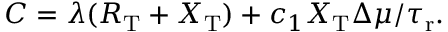
\begin{array} { r } { C = \lambda ( R _ { \mathrm { T } } + X _ { \mathrm { T } } ) + c _ { 1 } X _ { \mathrm { T } } \Delta \mu / { \tau _ { \mathrm { r } } } . } \end{array}